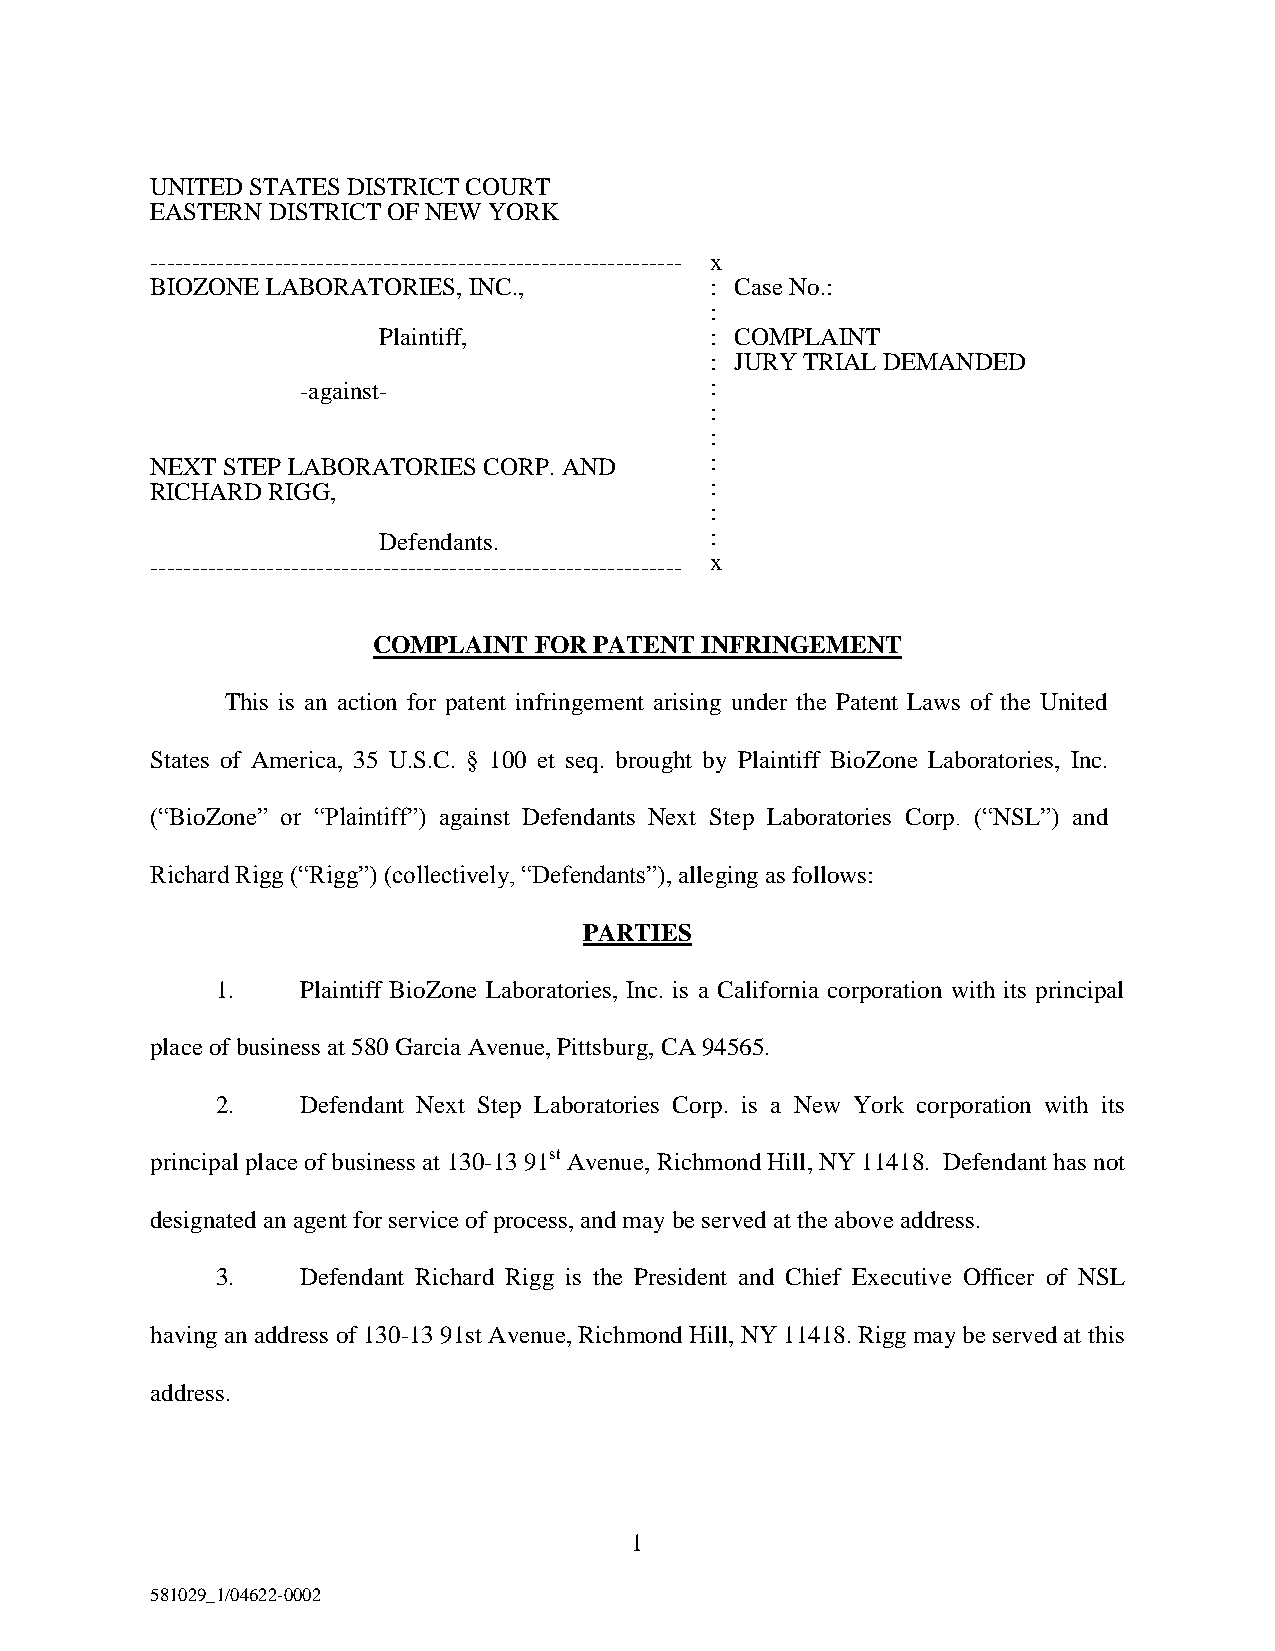
UNITED STATES DISTRICT COURT
 EASTERN DISTRICT OF NEW YORK
 ---------------------------------------------------------------- x
 BIOZONE LABORATORIES, INC.,          : Case No.:
 :
 Plaintiff,            : COMPLAINT
 : JURY TRIAL DEMANDED
 -against-                  :
 :
 :
 NEXT STEP LABORATORIES CORP. AND     :
 RICHARD RIGG,                        :
 :
 Defendants.           :
 ---------------------------------------------------------------- x
 COMPLAINT FOR PATENT INFRINGEMENT
 This is an action for patent infringement arising under the Patent Laws of the United
 States of America, 35 U.S.C. § 100 et seq. brought by Plaintiff BioZone Laboratories, Inc.
 (“BioZone” or “Plaintiff”) against Defendants Next Step Laboratories Corp. (“NSL”) and
 Richard Rigg (“Rigg”) (collectively, “Defendants”), alleging as follows:
 PARTIES
 1.    Plaintiff BioZone Laboratories, Inc. is a California corporation with its principal
 place of business at 580 Garcia Avenue, Pittsburg, CA 94565.
 2.    Defendant Next Step Laboratories Corp. is a New York corporation with its
 principal place of business at 130-13 91st Avenue, Richmond Hill, NY 11418. Defendant has not
 designated an agent for service of process, and may be served at the above address.
 3.    Defendant Richard Rigg is the President and Chief Executive Officer of NSL
 having an address of 130-13 91st Avenue, Richmond Hill, NY 11418. Rigg may be served at this
 address.
 1
 581029_1/04622-0002